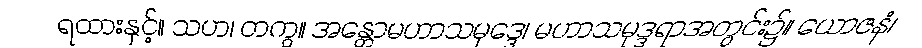
ရထားနှင့်။ သဟ၊ တကွ။ အန္တောမဟာသမုဒ္ဒေ၊ မဟာသမုဒ္ဒရာအတွင်း၌။ ယောဇနံ၊